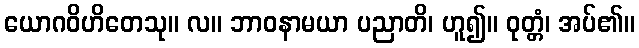
ယောဂဝိဟိတေသု။ လ။ ဘာဝနာမယာ ပညာတိ၊ ဟူ၍။ ဝုတ္တံ၊ အပ်၏။